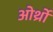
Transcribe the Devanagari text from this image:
ओर्थ्रो